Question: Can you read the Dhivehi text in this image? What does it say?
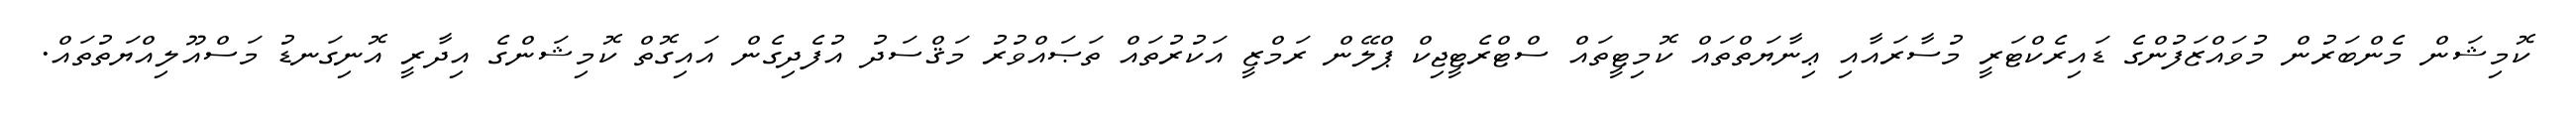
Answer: ކޮމިޝަން މެންބަރުން މުވައްޒަފުންގެ ޑައިރެކްޓަރީ މުސާރައާއި ޢިނާޔަތްތައް ކޮމިޓީތައް ސްޓްރެޓީޖިކް ޕްލޭން ރަމްޒީ އަކުރުތައް ތަޞައްވުރު މަޤްސަދު އުފެދިގެން އައިގޮތް ކޮމިޝަންގެ އިދާރީ އޮނިގަނޑު މަސްއޫލިއްޔަތުތައް.